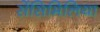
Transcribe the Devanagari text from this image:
सेंसिमिलिया